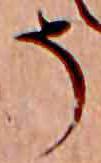
そ